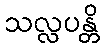
သလ္လပန္တိ